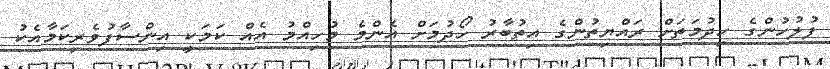
ފުލުހުންގެ ހިދުމަތަށް ރައްޔިތުންގެ އިތުބާރު ހޯދުމަށް އެންމެ މުހިއްމު އެއް ކަމަކީ އިންސާފުވެރިކަމާއެކު